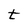
Character: t